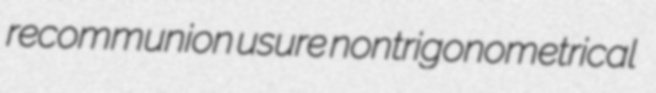
recommunion usure nontrigonometrical